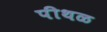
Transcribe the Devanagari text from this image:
पीथळ